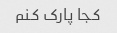
کجا پارک کنم